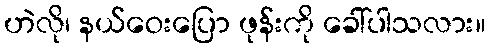
ဟဲလို၊ နယ်ဝေးပြော ဖုန်းကို ခေါ်ပါသလား။